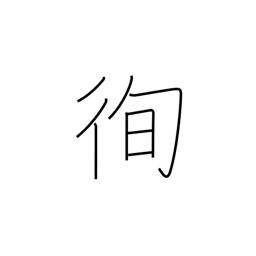
Meaning: lay down one's life